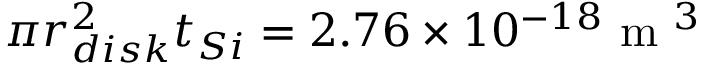
\pi r _ { d i s k } ^ { 2 } t _ { S i } = 2 . 7 6 \times 1 0 ^ { - 1 8 } \mathrm { ~ m ~ } ^ { 3 }